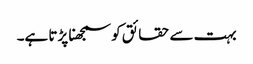
بہت سے حقائق کو سمجھنا پڑتا ہے۔